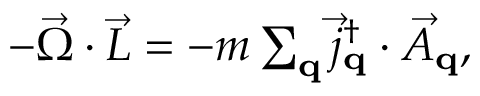
\begin{array} { r } { - \vec { \Omega } \cdot \vec { L } = - m \sum _ { \bf q } \vec { j } _ { \bf q } ^ { \dag } \cdot \vec { A } _ { \bf q } , } \end{array}